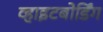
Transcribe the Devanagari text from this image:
व्हाइटबोर्डिंग